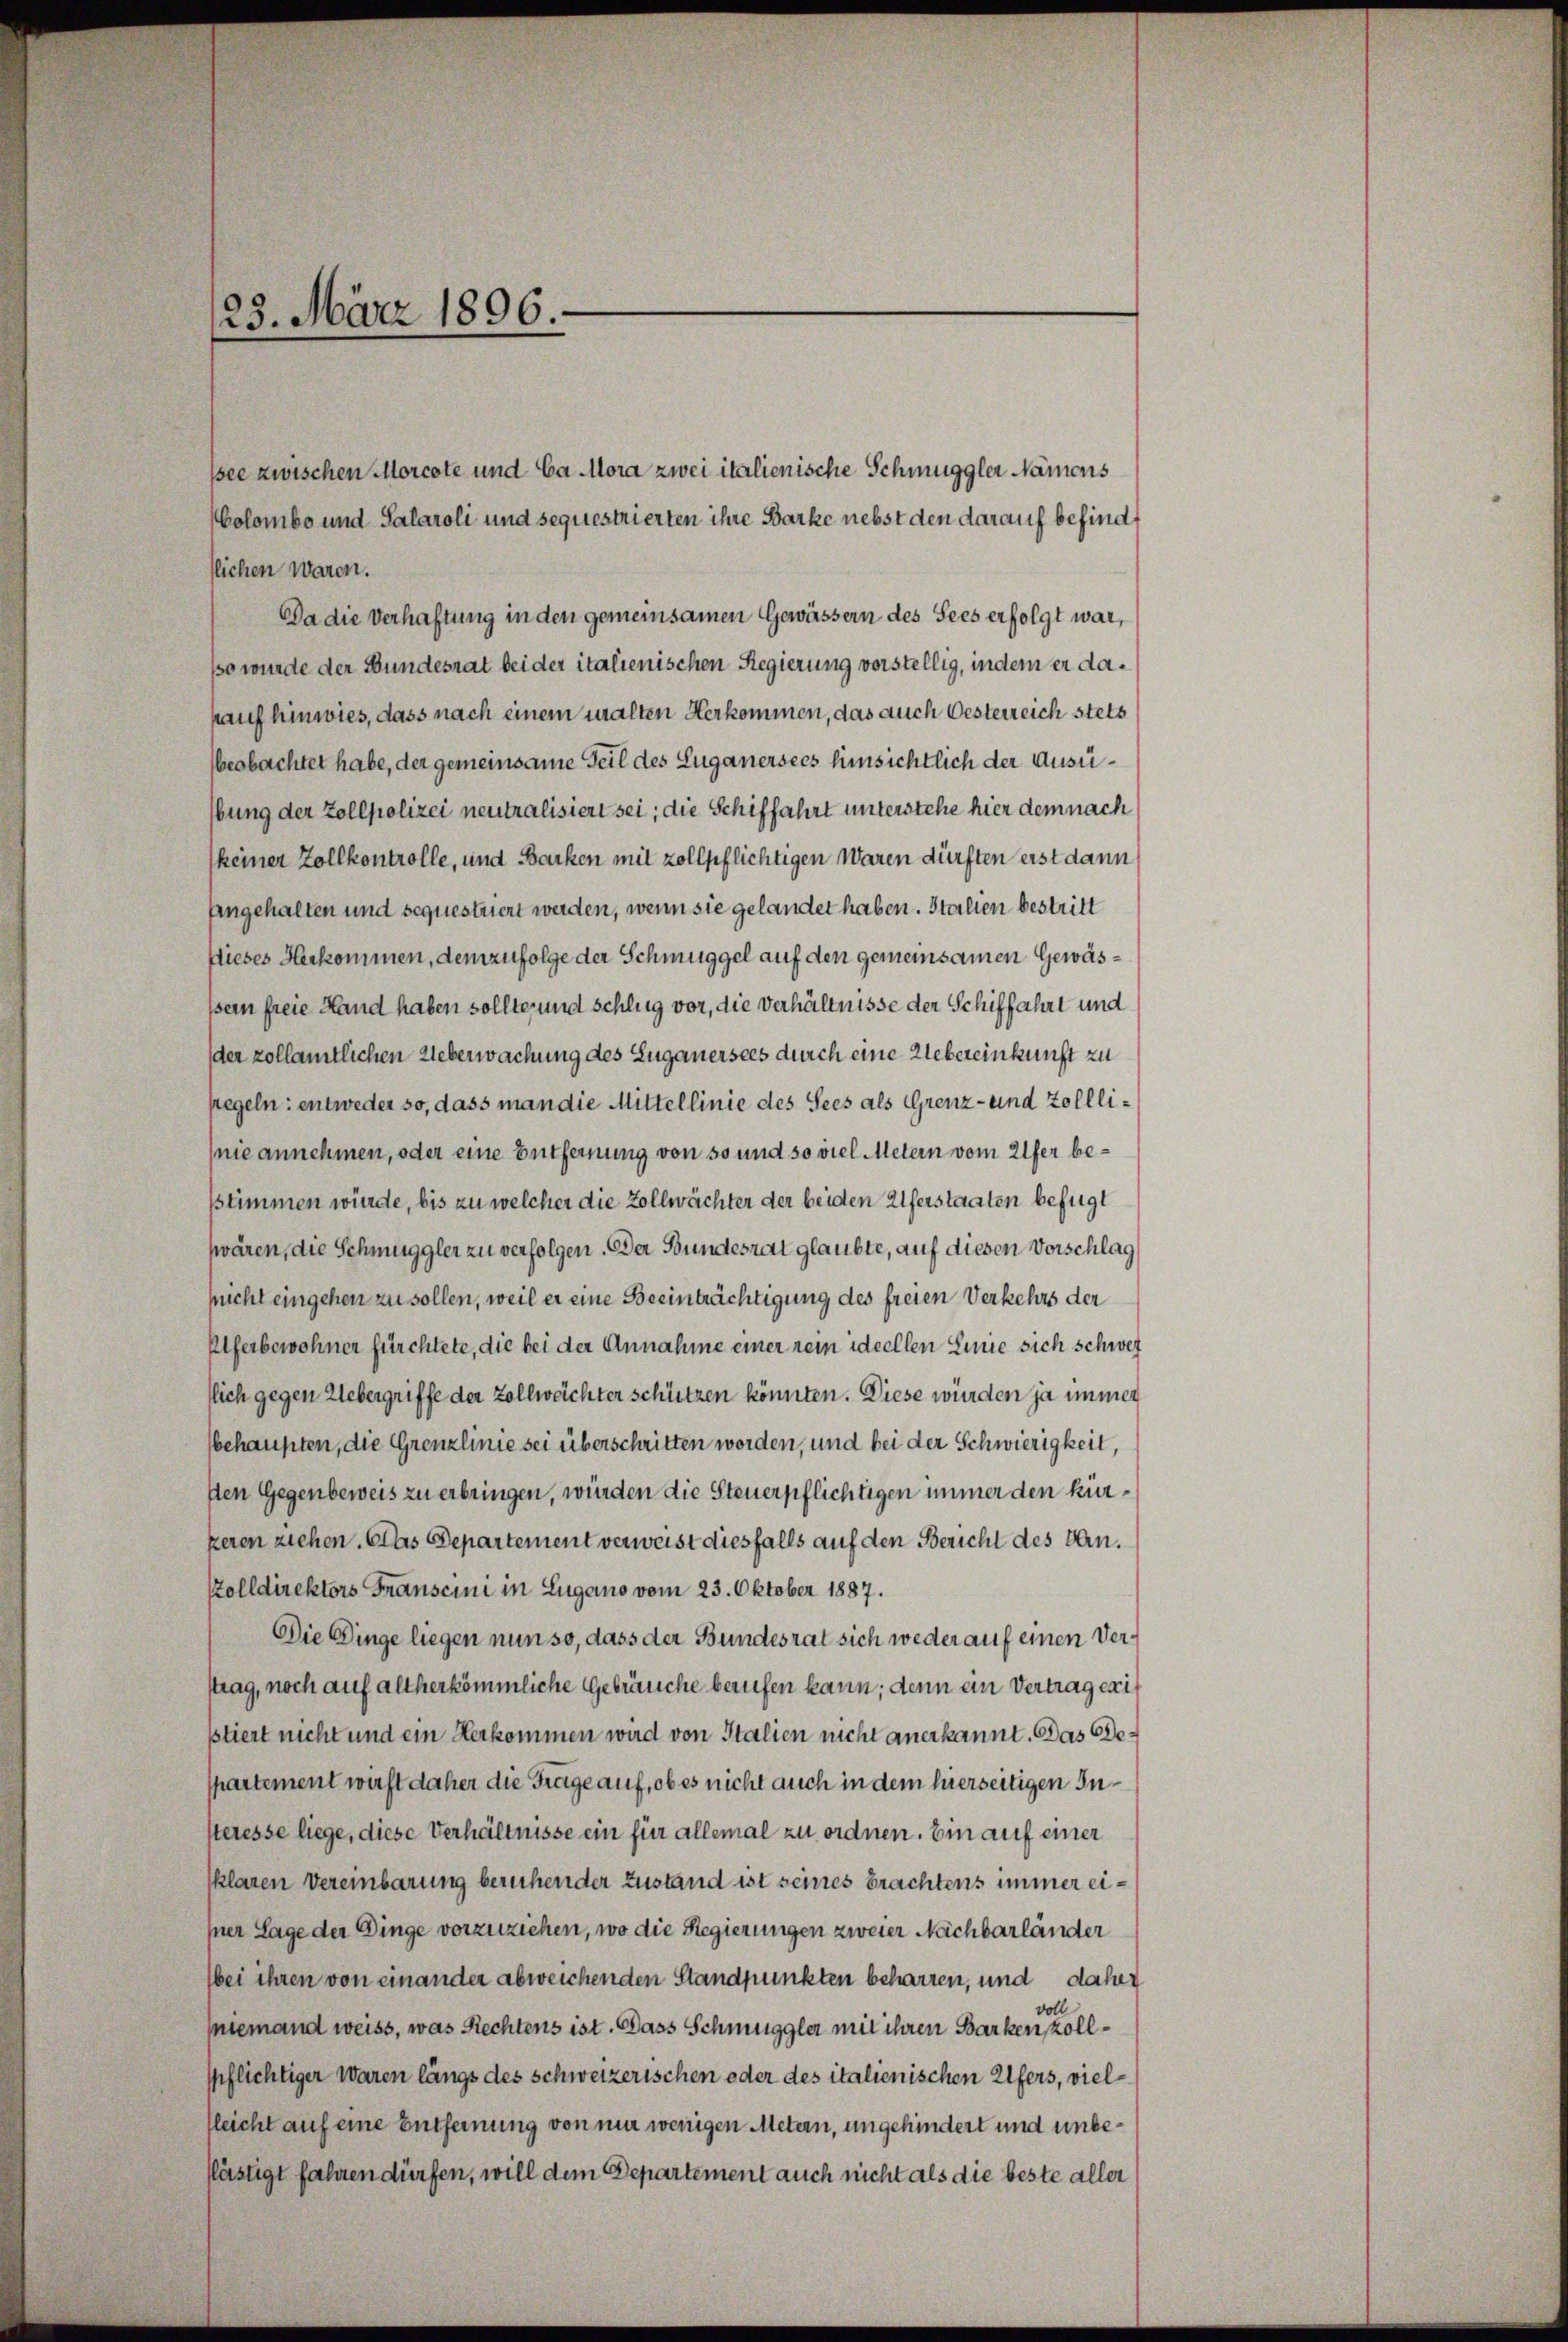
ssee zwischen Morcote und Ca Mora zwei italienische Schmuggler Namens
Colombo und Salaroli und sequestrierten ihre Barke nebst den darauf befind
tlichen waren.
Da die Verhaftung in den gemeinsamen Gewässern des Sees erfolgt war,
sso wurde der Bundesrat bei der italienischen Regierung vorstellig, indem er dakauf hinwies, dass nach einem malten Herkommen, das auch Oesterreich stets
beobachtet habe, der gemeinsame Teil des Luganersees hinsichtlich der Ausübung der Zollpolizei neutralisiert sei; die Schiffahrt unterstehe hier dem nach
keiner Zollkontrolle, und Barken mit zollpflichtigen Waren dürften erst dann
Angehalten und sequestriert werden, wenn sie gelandet haben. Italien bestritt
Dieses Herkommen, demzufolge der Schmuggel auf den gemeinsamen Gewässein freie Hand haben sollte, und schlug vor, die Verhältnisse der Schiffahrt und
der zollamtlichen Ueberwachung des Zuganersees durch eine Uebereinkunft zu
pegeln: entweder so, dass man die Mittellinie des Sees als Grenz- und Zolllinie annehmen, oder eine Entfernung von so und so viel Metern vom 21fer besstimmen würde, bis zu welcher die Zollwächter der beiden Alferstaaten befugt
wären, die Schmuggler zu verfolgen. Der Bundesrat glaubte, auf diesen Vorschlag
pucht eingehen zu sollen, weil er eine Beeinträchtigung des freien Verkehrs der
Plferbewohner fürchtete, die bei der Annahme einer rein ideellen Linie sich schwer
slich gegen Uebergriffe der Zollweichter schützen könnten. Diese würden ja immer
behaupten, die Grenzlinie sei überschritten worden, und bei der Schwierigkeit,
sten Gegenbeweis zu erbringen, würden die Steuerpflichtigen immer den kürkeren ziehen. Das Departement verweist diesfalls auf den Bericht des An¬
Zolldirektors Franscini in Lugano vom 23. Oktober 1887.
Die Dinge liegen nun so, dass der Bundesrat sich weder auf einen Verstrag, noch auf altherkömmliche Gebräuche berufen kann; denn ein Vertrag exisstiert nicht und ein Herkommen wird von Italien nicht anerkannt. Das Bepartement wirft daher die Frage auf, ob es nicht auch in dem hierseitigen Insteresse liege, diese Verhältnisse ein für allemal zu ordnen. Ein auf einer
klaren Vereinbarung beruhender Zustand ist seines brachtens immer eimer Lage der Dinge vorzuziehen, wo die Regierungen zweier Nachbarländer
bei ihren von einander abweichenden Standpunkten beharren, und daher
oll
niemand weiss, was Rechtens ist. Dass Schmuggler mit ihren Barken kollspflichtiger Waren längs des schweizerischen oder des italienischen Ufers, vielfleicht auf eine Entfernung von nur wenigen Metern, ungehindert und unbeflästigt fahren dürfen, will dem Departement auch nicht als die beste aller

23. März 1896.